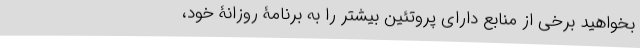
بخواهید برخی از منابع دارای پروتئین بیشتر را به برنامۀ روزانۀ خود،